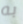
به